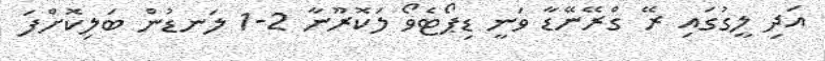
އަދި ލީގުގައި ރޭ ގްރޭނޭޑާ ވަނީ ޑިޕޯޓެވޯ ލަކޮރޫނާ 2-1 ލަނޑުން ބަލިކޮށްފަ